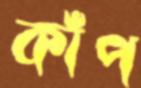
কাঁপ